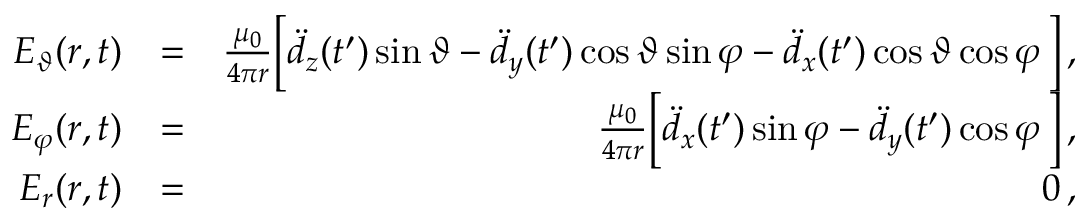
\begin{array} { r l r } { E _ { \vartheta } ( \boldsymbol { r } , t ) } & { = } & { \frac { \mu _ { 0 } } { 4 \pi r } \Big [ \ddot { d } _ { z } ( t ^ { \prime } ) \sin \vartheta - \ddot { d } _ { y } ( t ^ { \prime } ) \cos \vartheta \sin \varphi - \ddot { d } _ { x } ( t ^ { \prime } ) \cos \vartheta \cos \varphi \, \Big ] \, , } \\ { E _ { \varphi } ( \boldsymbol { r } , t ) } & { = } & { \frac { \mu _ { 0 } } { 4 \pi r } \Big [ \ddot { d } _ { x } ( t ^ { \prime } ) \sin \varphi - \ddot { d } _ { y } ( t ^ { \prime } ) \cos \varphi \, \Big ] \, , } \\ { E _ { r } ( \boldsymbol { r } , t ) } & { = } & { 0 \, , } \end{array}